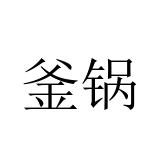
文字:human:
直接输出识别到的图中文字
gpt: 釜锅